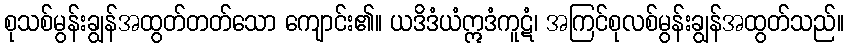
စုသစ်မွန်းချွန်အထွတ်တတ်သော ကျောင်း၏။ ယဒိဒံယံဣဒံကူဋံ၊ အကြင်စုလစ်မွန်းချွန်အထွတ်သည်။